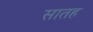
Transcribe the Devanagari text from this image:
सातह